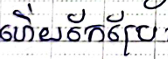
ហើយកែប្រែ